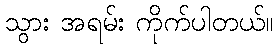
သွား အရမ်း ကိုက်ပါတယ်။